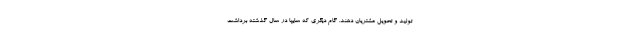
تولید و تحويل مشتریان دهند. گام ديگري كه سايپا در سال گذشته برداشت